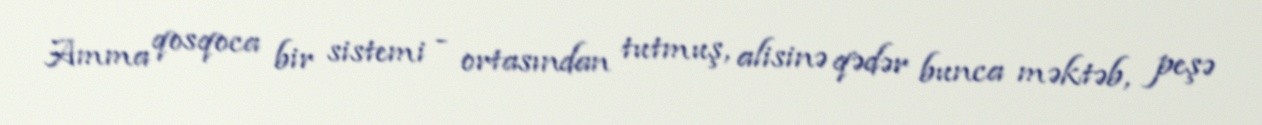
Amma qosqoca bir sistemi - ortasından tutmuş, alisinə qədər bunca məktəb, peşə